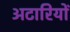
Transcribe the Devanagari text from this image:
अटारियों